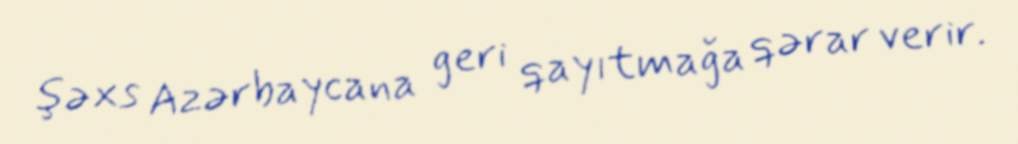
şəxs Azərbaycana geri qayıtmağa qərar verir.